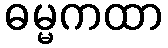
ဓမ္မကထာ